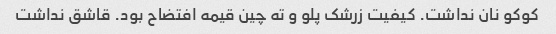
کوکو نان نداشت. کیفیت زرشک پلو و ته چین قیمه افتضاح بود. قاشق نداشت